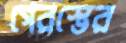
গেরস্তের